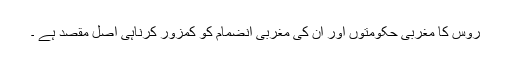
روس کا مغربی حکومتوں اور ان کی مغربی انضمام کو کمزور کرناہی اصل مقصد ہے ۔